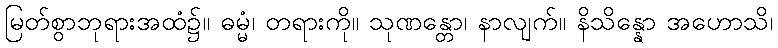
မြတ်စွာဘုရားအထံ၌။ ဓမ္မံ၊ တရားကို။ သုဏန္တော၊ နာလျက်။ နိသိန္နော အဟောသိ၊